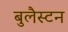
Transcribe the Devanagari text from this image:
बुलैस्टन